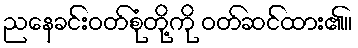
ညနေခင်းဝတ်စုံတို့ကို ဝတ်ဆင်ထား၏။